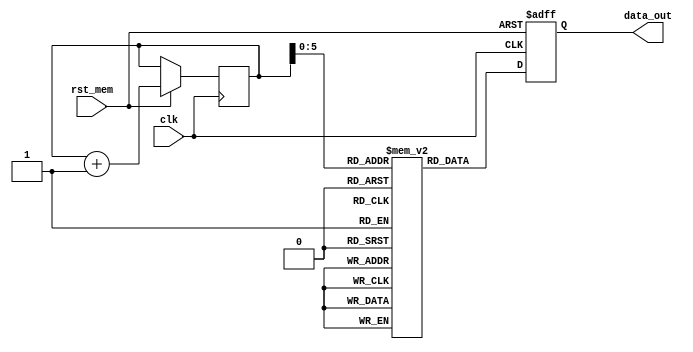
module rom (clk,rst_mem, data_out);
input clk;
input rst_mem;
output reg data_out;
reg data_in [60:0];
reg [6:0] address=0;


always @ (posedge clk, negedge rst_mem)
begin
    if(~rst_mem)
    begin
        data_out = 'b1;
    end
    else
    begin
        data_out = data_in[address];
        address = address +1;
    end
end

initial
begin
    data_in [0] = 0;
    data_in [1] = 0;
    data_in [2] = 1;
    data_in [3] = 0;
    data_in [4] = 1;
    data_in [5] = 0;
    data_in [6] = 1;
    data_in [7] = 0;
    data_in [8] = 1;
    data_in [9] = 0;
    data_in [10] = 1;
    data_in [11] = 1;

    data_in [12] = 0;
    data_in [13] = 1;
    data_in [14] = 0;
    data_in [15] = 0;
    data_in [16] = 1;
    data_in [17] = 0;
    data_in [18] = 0;
    data_in [19] = 0;
    data_in [20] = 0;
    data_in [21] = 0;
    data_in [22] = 1;
    data_in [23] = 1;

    data_in [24] = 0;
    data_in [25] = 0;
    data_in [26] = 1;
    data_in [27] = 1;
    data_in [28] = 0;
    data_in [29] = 0;
    data_in [30] = 1;
    data_in [31] = 0;
    data_in [32] = 1;
    data_in [33] = 0;
    data_in [34] = 1;
    data_in [35] = 1;

    data_in [36] = 0;
    data_in [37] = 1;
    data_in [38] = 1;
    data_in [39] = 0;
    data_in [40] = 1;
    data_in [41] = 1;
    data_in [42] = 1;
    data_in [43] = 0;
    data_in [44] = 1;
    data_in [45] = 0;
    data_in [46] = 1;
    data_in [47] = 1;

    data_in [48] = 0;
    data_in [49] = 1;
    data_in [50] = 0;
    data_in [51] = 0;
    data_in [52] = 1;
    data_in [53] = 0;
    data_in [54] = 0;
    data_in [55] = 0;
    data_in [56] = 0;
    data_in [57] = 0;
    data_in [58] = 1;
    data_in [59] = 1;
end




endmodule